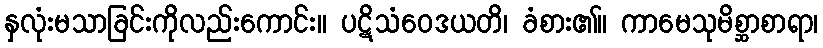
နှလုံးမသာခြင်းကိုလည်းကောင်း။ ပဋိသံဝေဒယတိ၊ ခံစား၏။ ကာမေသုမိစ္ဆာစာရာ၊